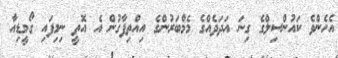
އެހެންވެ ކައުންސިލްގެ ގިނަ އަދަދެއްގެ މެމްބަރުންގެ އިއްތިފާގުން އެ އޮތީ ނިމިފައި ގޯމީޑިއާ